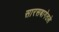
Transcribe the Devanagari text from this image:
सारसबागेतले